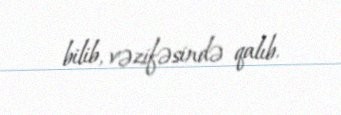
bilib, vəzifəsində qalıb.